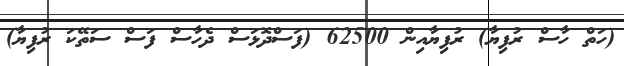
(ހަތް ހާސް ރުފިޔާ) ރުފިޔާއިން 62500 (ފަސްދޮޅަސް ދެހާސް ފަސް ސަތޭކަ ރުފިޔާ)